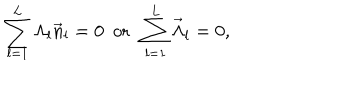
LaTeX: \sum _ { l = 1 } ^ { L } \Lambda _ { l } \vec { n } _ { l } = 0 \, \, \, \mathrm { o r } \, \, \, \sum _ { l = 1 } ^ { L } \vec { \Lambda } _ { l } = 0 ,